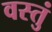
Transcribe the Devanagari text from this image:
वस्तुं